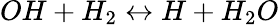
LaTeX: OH+H_{2}\leftrightarrow H+H_{2}O